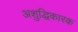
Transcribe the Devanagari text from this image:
अशुद्धिकारक